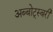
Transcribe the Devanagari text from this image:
अब्बोट्स्बरी